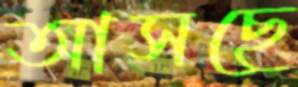
আসছে